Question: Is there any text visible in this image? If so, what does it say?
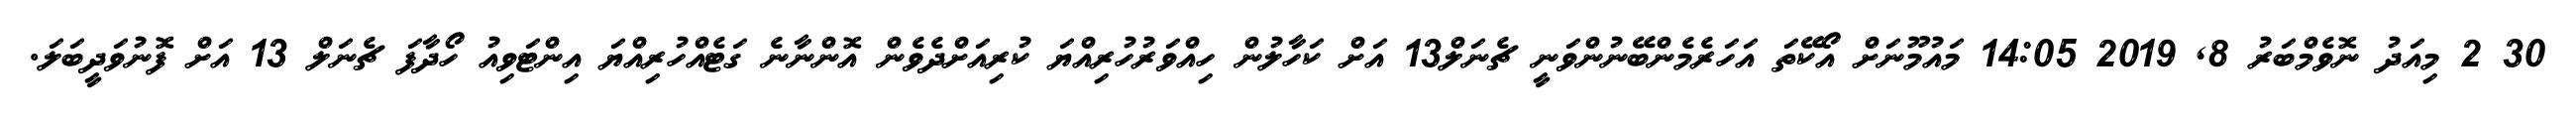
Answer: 30 2 މިއަދު ނޮވެމްބަރު 8, 2019 14:05 މައުމޫނަށް އޯކޭތަ އަހަރެމެންބޭނުންވަނީ ޗެނަލް13 އަށް ކަހާލުން ހިއްވަރުހުރިއްޔަ ކުރިއަށްދެވެން އޮންނާނެ ގަޓެއްހުރިއްޔަ އިންޓަވިއު ހޯދާފަ ޗެނަލް 13 އަށް ފޮނުވަދީބަލަ.